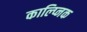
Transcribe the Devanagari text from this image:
काल्प्निक